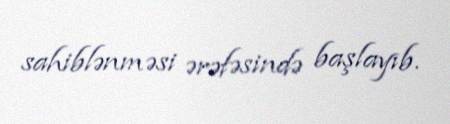
sahiblənməsi ərəfəsində başlayıb.